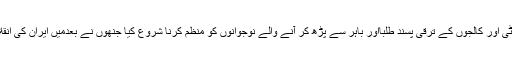
انھوں نے سب سے پہلے یونیورسٹی اور کالجوں کے ترقی پسند طلبااور باہر سے پڑھ کر آنے والے نوجوانوں کو منظم کرنا شروع کیا جنھوں نے بعدمیں ایران کی انقلابی تحریک میں اہم کردار ادا کیا ۔